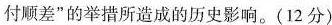
付顺差”的举措所造成的历史影响。(12分)